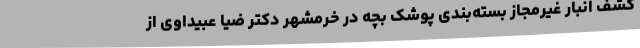
کشف انبار غیرمجاز بسته‌بندی پوشک بچه در خرمشهر دکتر ضیا عبیداوی از